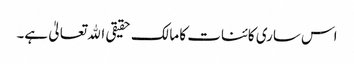
اس ساری کائنات کا مالک حقیقی اﷲ تعالیٰ ہے۔